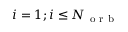
i = 1 ; i \leq N _ { \mathrm { ~ o ~ r ~ b ~ } }